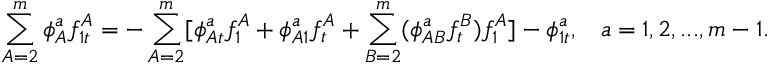
\sum _ { A = 2 } ^ { m } \phi _ { A } ^ { a } f _ { 1 t } ^ { A } = - \sum _ { A = 2 } ^ { m } [ \phi _ { A t } ^ { a } f _ { 1 } ^ { A } + \phi _ { A 1 } ^ { a } f _ { t } ^ { A } + \sum _ { B = 2 } ^ { m } ( \phi _ { A B } ^ { a } f _ { t } ^ { B } ) f _ { 1 } ^ { A } ] - \phi _ { 1 t } ^ { a } , \; \; \; a = 1 , 2 , . . . , m - 1 .